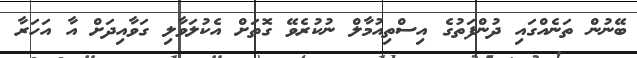
ބޭނުން ތަނެއްގައި ދުންފަތުގެ އިސްތިއުމާލް ނުކުރެވޭ ގޮތަށް އެކުލަވާލި ގަވާއިދަށް އާ އަހަރާ